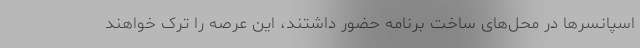
اسپانسرها در محل‌های ساخت برنامه حضور داشتند، این عرصه را ترک خواهند